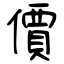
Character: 價